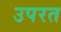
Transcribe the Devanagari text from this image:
उपरत